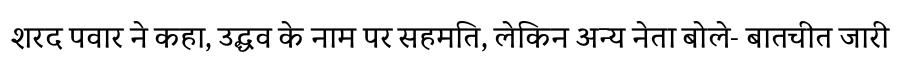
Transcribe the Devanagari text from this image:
शरद पवार ने कहा, उद्धव के नाम पर सहमति, लेकिन अन्य नेता बोले- बातचीत जारी